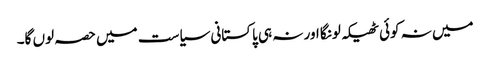
میں نہ کوئی ٹھیکہ لونگا اور نہ ہی پاکستانی سیاست میں حصہ لوں گا۔